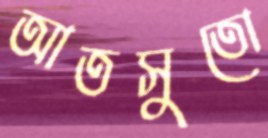
আতসুতো